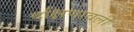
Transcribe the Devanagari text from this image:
दक्षिणावली